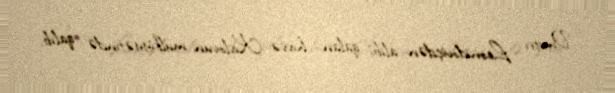
Dmitri Leonidoviçdən alıb, qalan hissə Kislovun mülkiyyətində qalıb.